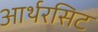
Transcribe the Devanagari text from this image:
आर्थरसिट